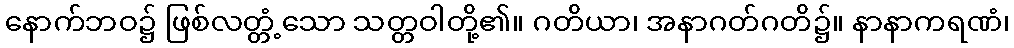
နောက်ဘဝ၌ ဖြစ်လတ္တံ့သော သတ္တဝါတို့၏။ ဂတိယာ၊ အနာဂတ်ဂတိ၌။ နာနာကရဏံ၊